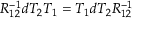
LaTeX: R _ { 1 2 } ^ { - 1 } d T _ { 2 } T _ { 1 } = T _ { 1 } d T _ { 2 } R _ { 1 2 } ^ { - 1 }